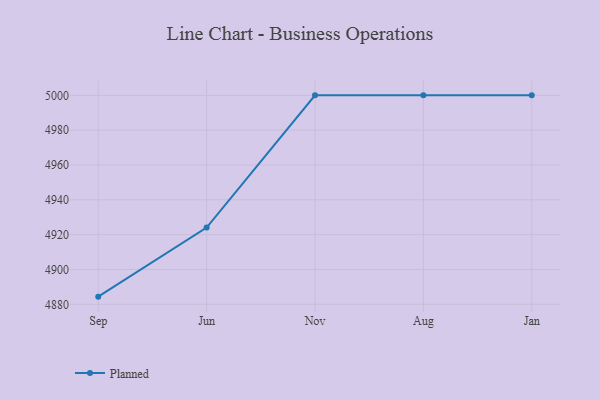
{"axis": {"x": "Month", "y": "Production Output"}, "legend": ["Planned"], "data": [{"x": "Sep", "y": 4884.4, "type": "Planned"}, {"x": "Jun", "y": 4924.1, "type": "Planned"}, {"x": "Nov", "y": 5000, "type": "Planned"}, {"x": "Aug", "y": 5000, "type": "Planned"}, {"x": "Jan", "y": 5000, "type": "Planned"}]}